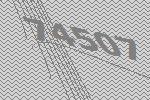
74507